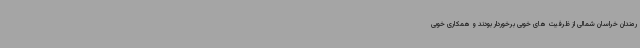
رمندان خراسان شمالی از ظرفیت های خوبی برخوردار بودند و همکاری خوبی